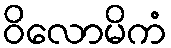
ဝိလောမိကံ